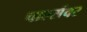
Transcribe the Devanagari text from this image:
चार्ल्सवर